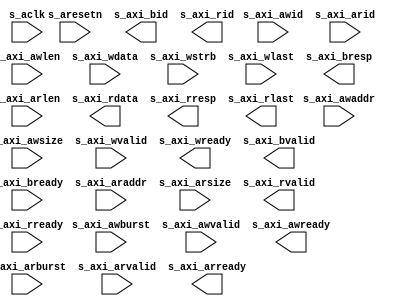
module axi4_bram_1kx64(
  s_aclk,
  s_aresetn,
  s_axi_awid,
  s_axi_awaddr,
  s_axi_awlen,
  s_axi_awsize,
  s_axi_awburst,
  s_axi_awvalid,
  s_axi_awready,
  s_axi_wdata,
  s_axi_wstrb,
  s_axi_wlast,
  s_axi_wvalid,
  s_axi_wready,
  s_axi_bid,
  s_axi_bresp,
  s_axi_bvalid,
  s_axi_bready,
  s_axi_arid,
  s_axi_araddr,
  s_axi_arlen,
  s_axi_arsize,
  s_axi_arburst,
  s_axi_arvalid,
  s_axi_arready,
  s_axi_rid,
  s_axi_rdata,
  s_axi_rresp,
  s_axi_rlast,
  s_axi_rvalid,
  s_axi_rready
);

input s_aclk;
input s_aresetn;
input [0 : 0] s_axi_awid;
input [31 : 0] s_axi_awaddr;
input [7 : 0] s_axi_awlen;
input [2 : 0] s_axi_awsize;
input [1 : 0] s_axi_awburst;
input s_axi_awvalid;
output s_axi_awready;
input [63 : 0] s_axi_wdata;
input [7 : 0] s_axi_wstrb;
input s_axi_wlast;
input s_axi_wvalid;
output s_axi_wready;
output [0 : 0] s_axi_bid;
output [1 : 0] s_axi_bresp;
output s_axi_bvalid;
input s_axi_bready;
input [0 : 0] s_axi_arid;
input [31 : 0] s_axi_araddr;
input [7 : 0] s_axi_arlen;
input [2 : 0] s_axi_arsize;
input [1 : 0] s_axi_arburst;
input s_axi_arvalid;
output s_axi_arready;
output [0 : 0] s_axi_rid;
output [63 : 0] s_axi_rdata;
output [1 : 0] s_axi_rresp;
output s_axi_rlast;
output s_axi_rvalid;
input s_axi_rready;

// synthesis translate_off

  BLK_MEM_GEN_V7_3 #(
    .C_ADDRA_WIDTH(10),
    .C_ADDRB_WIDTH(10),
    .C_ALGORITHM(1),
    .C_AXI_ID_WIDTH(1),
    .C_AXI_SLAVE_TYPE(0),
    .C_AXI_TYPE(1),
    .C_BYTE_SIZE(8),
    .C_COMMON_CLK(1),
    .C_DEFAULT_DATA("0"),
    .C_DISABLE_WARN_BHV_COLL(0),
    .C_DISABLE_WARN_BHV_RANGE(0),
    .C_ENABLE_32BIT_ADDRESS(0),
    .C_FAMILY("kintex7"),
    .C_HAS_AXI_ID(1),
    .C_HAS_ENA(1),
    .C_HAS_ENB(1),
    .C_HAS_INJECTERR(0),
    .C_HAS_MEM_OUTPUT_REGS_A(0),
    .C_HAS_MEM_OUTPUT_REGS_B(0),
    .C_HAS_MUX_OUTPUT_REGS_A(0),
    .C_HAS_MUX_OUTPUT_REGS_B(0),
    .C_HAS_REGCEA(0),
    .C_HAS_REGCEB(0),
    .C_HAS_RSTA(0),
    .C_HAS_RSTB(1),
    .C_HAS_SOFTECC_INPUT_REGS_A(0),
    .C_HAS_SOFTECC_OUTPUT_REGS_B(0),
    .C_INIT_FILE("BlankString"),
    .C_INIT_FILE_NAME("no_coe_file_loaded"),
    .C_INITA_VAL("0"),
    .C_INITB_VAL("0"),
    .C_INTERFACE_TYPE(1),
    .C_LOAD_INIT_FILE(0),
    .C_MEM_TYPE(1),
    .C_MUX_PIPELINE_STAGES(0),
    .C_PRIM_TYPE(1),
    .C_READ_DEPTH_A(1024),
    .C_READ_DEPTH_B(1024),
    .C_READ_WIDTH_A(64),
    .C_READ_WIDTH_B(64),
    .C_RST_PRIORITY_A("CE"),
    .C_RST_PRIORITY_B("CE"),
    .C_RST_TYPE("ASYNC"),
    .C_RSTRAM_A(0),
    .C_RSTRAM_B(0),
    .C_SIM_COLLISION_CHECK("ALL"),
    .C_USE_BRAM_BLOCK(0),
    .C_USE_BYTE_WEA(1),
    .C_USE_BYTE_WEB(1),
    .C_USE_DEFAULT_DATA(0),
    .C_USE_ECC(0),
    .C_USE_SOFTECC(0),
    .C_WEA_WIDTH(8),
    .C_WEB_WIDTH(8),
    .C_WRITE_DEPTH_A(1024),
    .C_WRITE_DEPTH_B(1024),
    .C_WRITE_MODE_A("READ_FIRST"),
    .C_WRITE_MODE_B("READ_FIRST"),
    .C_WRITE_WIDTH_A(64),
    .C_WRITE_WIDTH_B(64),
    .C_XDEVICEFAMILY("kintex7")
  )
  inst (
    .S_ACLK(s_aclk),
    .S_ARESETN(s_aresetn),
    .S_AXI_AWID(s_axi_awid),
    .S_AXI_AWADDR(s_axi_awaddr),
    .S_AXI_AWLEN(s_axi_awlen),
    .S_AXI_AWSIZE(s_axi_awsize),
    .S_AXI_AWBURST(s_axi_awburst),
    .S_AXI_AWVALID(s_axi_awvalid),
    .S_AXI_AWREADY(s_axi_awready),
    .S_AXI_WDATA(s_axi_wdata),
    .S_AXI_WSTRB(s_axi_wstrb),
    .S_AXI_WLAST(s_axi_wlast),
    .S_AXI_WVALID(s_axi_wvalid),
    .S_AXI_WREADY(s_axi_wready),
    .S_AXI_BID(s_axi_bid),
    .S_AXI_BRESP(s_axi_bresp),
    .S_AXI_BVALID(s_axi_bvalid),
    .S_AXI_BREADY(s_axi_bready),
    .S_AXI_ARID(s_axi_arid),
    .S_AXI_ARADDR(s_axi_araddr),
    .S_AXI_ARLEN(s_axi_arlen),
    .S_AXI_ARSIZE(s_axi_arsize),
    .S_AXI_ARBURST(s_axi_arburst),
    .S_AXI_ARVALID(s_axi_arvalid),
    .S_AXI_ARREADY(s_axi_arready),
    .S_AXI_RID(s_axi_rid),
    .S_AXI_RDATA(s_axi_rdata),
    .S_AXI_RRESP(s_axi_rresp),
    .S_AXI_RLAST(s_axi_rlast),
    .S_AXI_RVALID(s_axi_rvalid),
    .S_AXI_RREADY(s_axi_rready),
    .CLKA(),
    .RSTA(),
    .ENA(),
    .REGCEA(),
    .WEA(),
    .ADDRA(),
    .DINA(),
    .DOUTA(),
    .CLKB(),
    .RSTB(),
    .ENB(),
    .REGCEB(),
    .WEB(),
    .ADDRB(),
    .DINB(),
    .DOUTB(),
    .INJECTSBITERR(),
    .INJECTDBITERR(),
    .SBITERR(),
    .DBITERR(),
    .RDADDRECC(),
    .S_AXI_INJECTSBITERR(),
    .S_AXI_INJECTDBITERR(),
    .S_AXI_SBITERR(),
    .S_AXI_DBITERR(),
    .S_AXI_RDADDRECC()
  );

// synthesis translate_on

endmodule